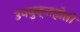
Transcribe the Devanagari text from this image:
उपयुक्तहोती